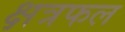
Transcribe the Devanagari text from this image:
क्षत्रफल